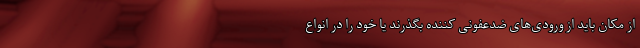
از مکان باید از ورودی‌های ضدعفونی کننده بگذرند یا خود را در انواع